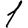
Digit: 1